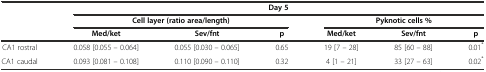
<table><thead><tr><td></td><td></td><td></td><td><b>Day 5</b></td><td></td><td></td><td></td></tr><tr><td></td><td colspan="3"><b>Cell layer (ratio area/length)</b></td><td colspan="3"><b>Pyknotic cells %</b></td></tr><tr><td></td><td><b>Med/ket</b></td><td><b>Sev/fnt</b></td><td><b>p</b></td><td><b>Med/ket</b></td><td><b>Sev/fnt</b></td><td><b>p</b></td></tr></thead><tbody><tr><td>CA1 rostral</td><td>0.058 [0.055 – 0.064]</td><td>0.055 [0.030 – 0.065]</td><td>0.65</td><td>19 [7 – 28]</td><td>85 [60 – 88]</td><td>0.01<sup>*</sup></td></tr><tr><td>CA1 caudal</td><td>0.093 [0.081 – 0.108]</td><td>0.110 [0.090 – 0.110]</td><td>0.32</td><td>4 [1 – 21]</td><td>33 [27 – 63]</td><td>0.02<sup>*</sup></td></tr></tbody></table>